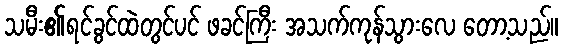
သမီး၏ရင်ခွင်ထဲတွင်ပင် ဖခင်ကြီး အသက်ကုန်သွားလေ တော့သည်။